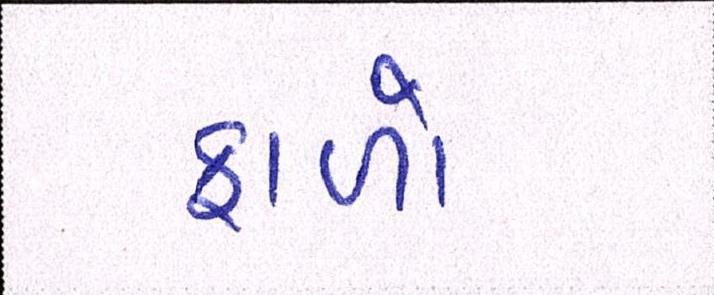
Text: ફાળો